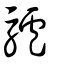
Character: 驢